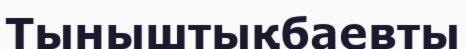
Тыныштықбаевты